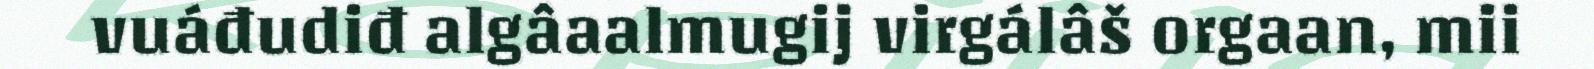
vuáđudiđ algâaalmugij virgálâš orgaan, mii